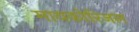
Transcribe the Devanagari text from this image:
मायकोरिजल